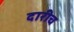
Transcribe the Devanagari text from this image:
दारीच